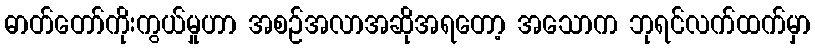
ဓာတ်တော်ကိုးကွယ်မှုဟာ အစဉ်အလာအဆိုအရတော့ အသောက ဘုရင်လက်ထက်မှာ